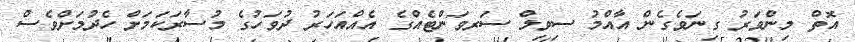
އޮތް މިންވަރު ގިނަވެގެން އާއްމު ސިވިލް ސަރވަންޓެއްގެ އެއްއަހަރު ދުވަހުގެ މުސާރަކަމަށް ހެދުމަށްވެސް